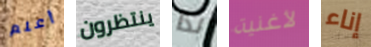
أعلم ينتظرون لذا لأغنية إناء